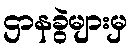
ဌာနခွဲများမှ